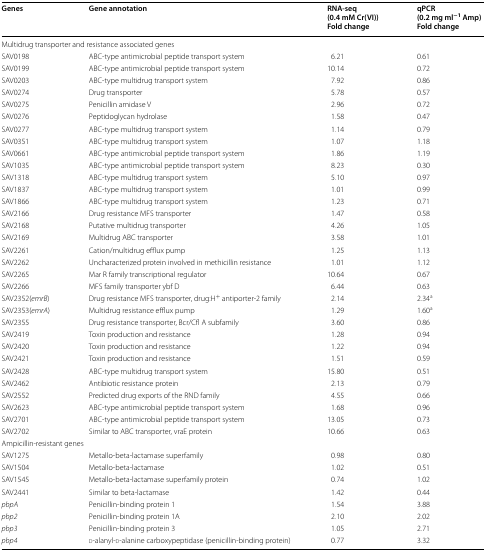
<table><thead><tr><td><b>Genes</b></td><td><b>Gene annotation</b></td><td><b>RNA-seq(0.4 mM Cr(VI))Fold change</b></td><td><b>qPCR(0.2 mg ml<sup>−1</sup> Amp)Fold change</b></td></tr></thead><tbody><tr><td colspan="4">Multidrug transporter and resistance associated genes</td></tr><tr><td>SAV0198</td><td>ABC-type antimicrobial peptide transport system</td><td>6.21</td><td>0.61</td></tr><tr><td>SAV0199</td><td>ABC-type antimicrobial peptide transport system</td><td>10.14</td><td>0.72</td></tr><tr><td>SAV0203</td><td>ABC-type multidrug transport system</td><td>7.92</td><td>0.86</td></tr><tr><td>SAV0274</td><td>Drug transporter</td><td>5.78</td><td>0.57</td></tr><tr><td>SAV0275</td><td>Penicillin amidase V</td><td>2.96</td><td>0.72</td></tr><tr><td>SAV0276</td><td>Peptidoglycan hydrolase</td><td>1.58</td><td>0.47</td></tr><tr><td>SAV0277</td><td>ABC-type multidrug transport system</td><td>1.14</td><td>0.79</td></tr><tr><td>SAV0351</td><td>ABC-type multidrug transport system</td><td>1.07</td><td>1.18</td></tr><tr><td>SAV0661</td><td>ABC-type antimicrobial peptide transport system</td><td>1.86</td><td>1.19</td></tr><tr><td>SAV1035</td><td>ABC-type antimicrobial peptide transport system</td><td>8.23</td><td>0.30</td></tr><tr><td>SAV1318</td><td>ABC-type multidrug transport system</td><td>5.10</td><td>0.97</td></tr><tr><td>SAV1837</td><td>ABC-type multidrug transport system</td><td>1.01</td><td>0.99</td></tr><tr><td>SAV1866</td><td>ABC-type multidrug transport system</td><td>1.23</td><td>0.71</td></tr><tr><td>SAV2166</td><td>Drug resistance MFS transporter</td><td>1.47</td><td>0.58</td></tr><tr><td>SAV2168</td><td>Putative multidrug transporter</td><td>4.26</td><td>1.05</td></tr><tr><td>SAV2169</td><td>Multidrug ABC transporter</td><td>3.58</td><td>1.01</td></tr><tr><td>SAV2261</td><td>Cation/multidrug efflux pump</td><td>1.25</td><td>1.13</td></tr><tr><td>SAV2262</td><td>Uncharacterized protein involved in methicillin resistance</td><td>1.01</td><td>1.12</td></tr><tr><td>SAV2265</td><td>Mar R family transcriptional regulator</td><td>10.64</td><td>0.67</td></tr><tr><td>SAV2266</td><td>MFS family transporter ybf D</td><td>6.44</td><td>0.63</td></tr><tr><td>SAV2352(<i>emrB</i>)</td><td>Drug resistance MFS transporter, drug:H<sup>+</sup> antiporter-2 family</td><td>2.14</td><td>2.34<sup>a</sup></td></tr><tr><td>SAV2353(<i>emrA</i>)</td><td>Multidrug resistance efflux pump</td><td>1.29</td><td>1.60<sup>a</sup></td></tr><tr><td>SAV2355</td><td>Drug resistance transporter, Bcr/Cfl A subfamily</td><td>3.60</td><td>0.86</td></tr><tr><td>SAV2419</td><td>Toxin production and resistance</td><td>1.28</td><td>0.94</td></tr><tr><td>SAV2420</td><td>Toxin production and resistance</td><td>1.22</td><td>0.94</td></tr><tr><td>SAV2421</td><td>Toxin production and resistance</td><td>1.51</td><td>0.59</td></tr><tr><td>SAV2428</td><td>ABC-type multidrug transport system</td><td>15.80</td><td>0.51</td></tr><tr><td>SAV2462</td><td>Antibiotic resistance protein</td><td>2.13</td><td>0.79</td></tr><tr><td>SAV2552</td><td>Predicted drug exports of the RND family</td><td>4.55</td><td>0.66</td></tr><tr><td>SAV2623</td><td>ABC-type antimicrobial peptide transport system</td><td>1.68</td><td>0.96</td></tr><tr><td>SAV2701</td><td>ABC-type antimicrobial peptide transport system</td><td>13.05</td><td>0.73</td></tr><tr><td>SAV2702</td><td>Similar to ABC transporter, vraE protein</td><td>10.66</td><td>0.63</td></tr><tr><td colspan="4">Ampicillin-resistant genes</td></tr><tr><td>SAV1275</td><td>Metallo-beta-lactamase superfamily</td><td>0.98</td><td>0.80</td></tr><tr><td>SAV1504</td><td>Metallo-beta-lactamase</td><td>1.02</td><td>0.51</td></tr><tr><td>SAV1545</td><td>Metallo-beta-lactamase superfamily protein</td><td>0.74</td><td>1.02</td></tr><tr><td>SAV2441</td><td>Similar to beta-lactamase</td><td>1.42</td><td>0.44</td></tr><tr><td><i>pbpA</i></td><td>Penicillin-binding protein 1</td><td>1.54</td><td>3.88</td></tr><tr><td><i>pbp2</i></td><td>Penicillin-binding protein 1A</td><td>2.10</td><td>2.02</td></tr><tr><td><i>pbp3</i></td><td>Penicillin-binding protein 3</td><td>1.05</td><td>2.71</td></tr><tr><td><i>pbp4</i></td><td>d-alanyl-d-alanine carboxypeptidase (penicillin-binding protein)</td><td>0.77</td><td>3.32</td></tr></tbody></table>